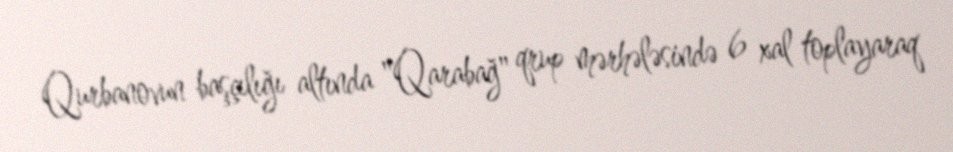
Qurbanovun başçılığı altında "Qarabağ" qrup mərhələsində 6 xal toplayaraq